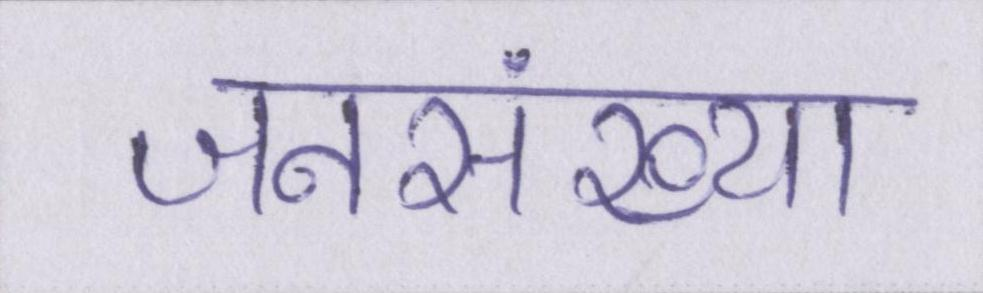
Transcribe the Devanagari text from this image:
जनसंख्या